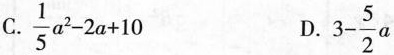
C.$$\frac{1}{5}a^{2}-2a+10$$ D.3 $$3-\frac{5}{2}a$$